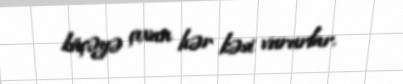
küçəyə çıxan hər kəsi vururlar.